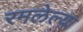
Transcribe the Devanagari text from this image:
रमलेल्या